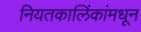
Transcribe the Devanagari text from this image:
नियतकालिंकांमधून